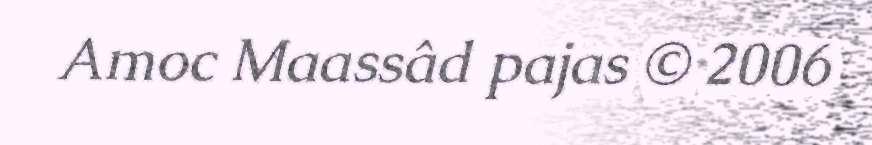
Amoc Maassâd pajas © 2006